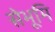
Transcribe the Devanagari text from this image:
सेभूमि